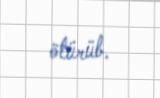
ötürüb.